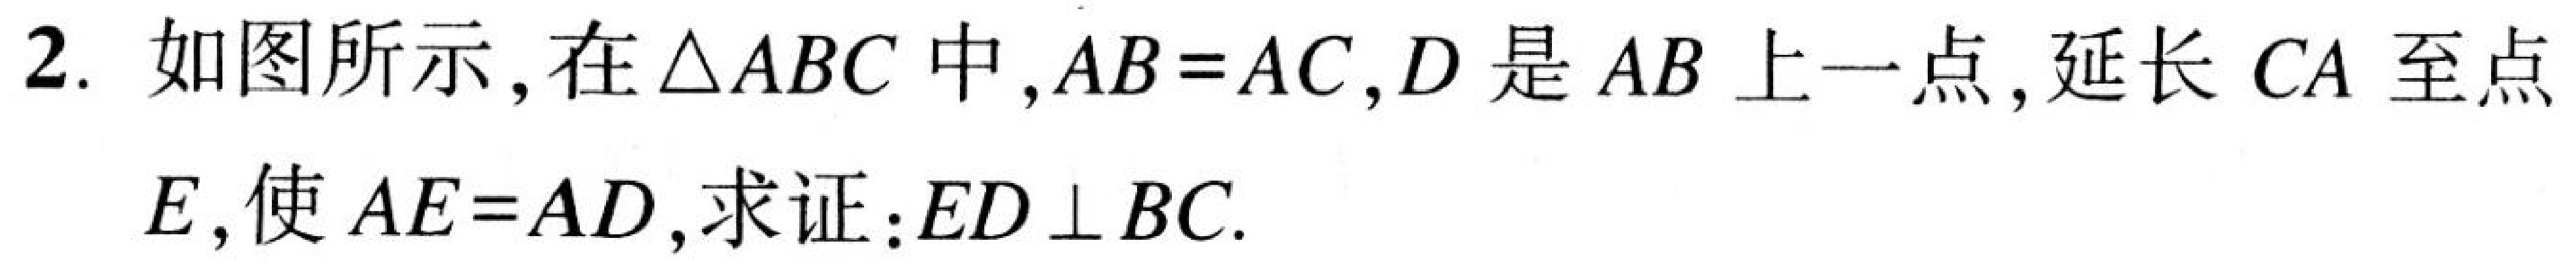
2. 如图所示, 在\(\triangle ABC\)中,\(AB = AC\), \(D\)是\(AB\)上一点, 延长\(CA\)至点\(E\), 使\(AE = AD\), 求证:\(ED\perp BC\).